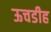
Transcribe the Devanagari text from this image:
ऊचडीह